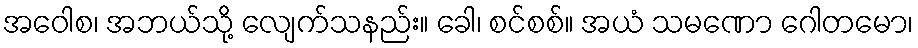
အဝေါစ၊ အဘယ်သို့ လျေက်သနည်း။ ခေါ၊ စင်စစ်။ အယံ သမဏော ဂေါတမော၊